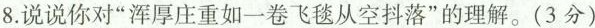
8.说说你对”浑厚庄重如一卷飞毯从空抖落”的理解。(3分)